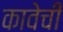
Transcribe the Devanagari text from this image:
कावेची